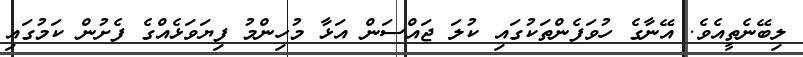
ލިބޭނެތީއެވެ. އޭނާގެ ހުވަފެންތަކުގައި ކުލަ ޖައްސަން އަޅާ މުހިންމު ފިޔަވަޅެއްގެ ފެށުން ކަމުގައި